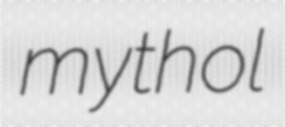
mythol